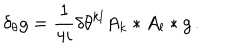
\delta _ { \theta } g = \frac 1 { 4 i } \delta \theta ^ { k l } A _ { k } * A _ { l } * g \, .